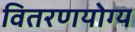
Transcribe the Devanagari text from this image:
वितरणयोग्य